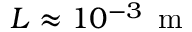
L \approx 1 0 ^ { - 3 } \, \mathrm { ~ m ~ }